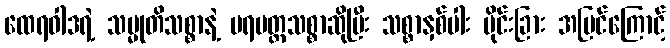
ထေရဝါဒရဲ့ သမ္မုတိသစ္စာနဲ့ ပရမတ္ထသစ္စာဆိုပြီး သစ္စာနှစ်ပါး ပိုင်းခြား အမြင်ကြောင့်